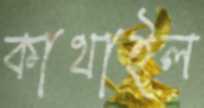
কাথাইল